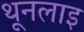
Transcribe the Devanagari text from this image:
थूनलाइ